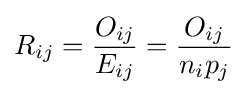
R_{ij}={\frac {O_{ij}}{E_{ij}}}={\frac {O_{ij}}{n_{i}p_{j}}}